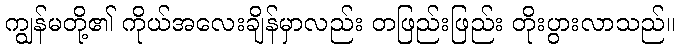
ကျွန်မတို့၏ ကိုယ်အလေးချိန်မှာလည်း တဖြည်းဖြည်း တိုးပွားလာသည်။